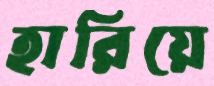
হারিয়ে